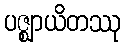
ပဇ္ဈာယိတဿု